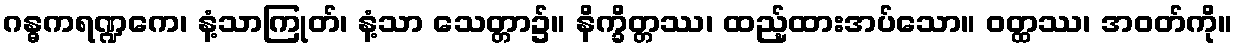
ဂန္ဓကရဏ္ဍကေ၊ နံ့သာကြုတ်၊ နံ့သာ သေတ္တာ၌။ နိက္ခိတ္တဿ၊ ထည့်ထားအပ်သော။ ဝတ္ထဿ၊ အဝတ်ကို။